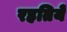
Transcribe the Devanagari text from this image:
रहतियें